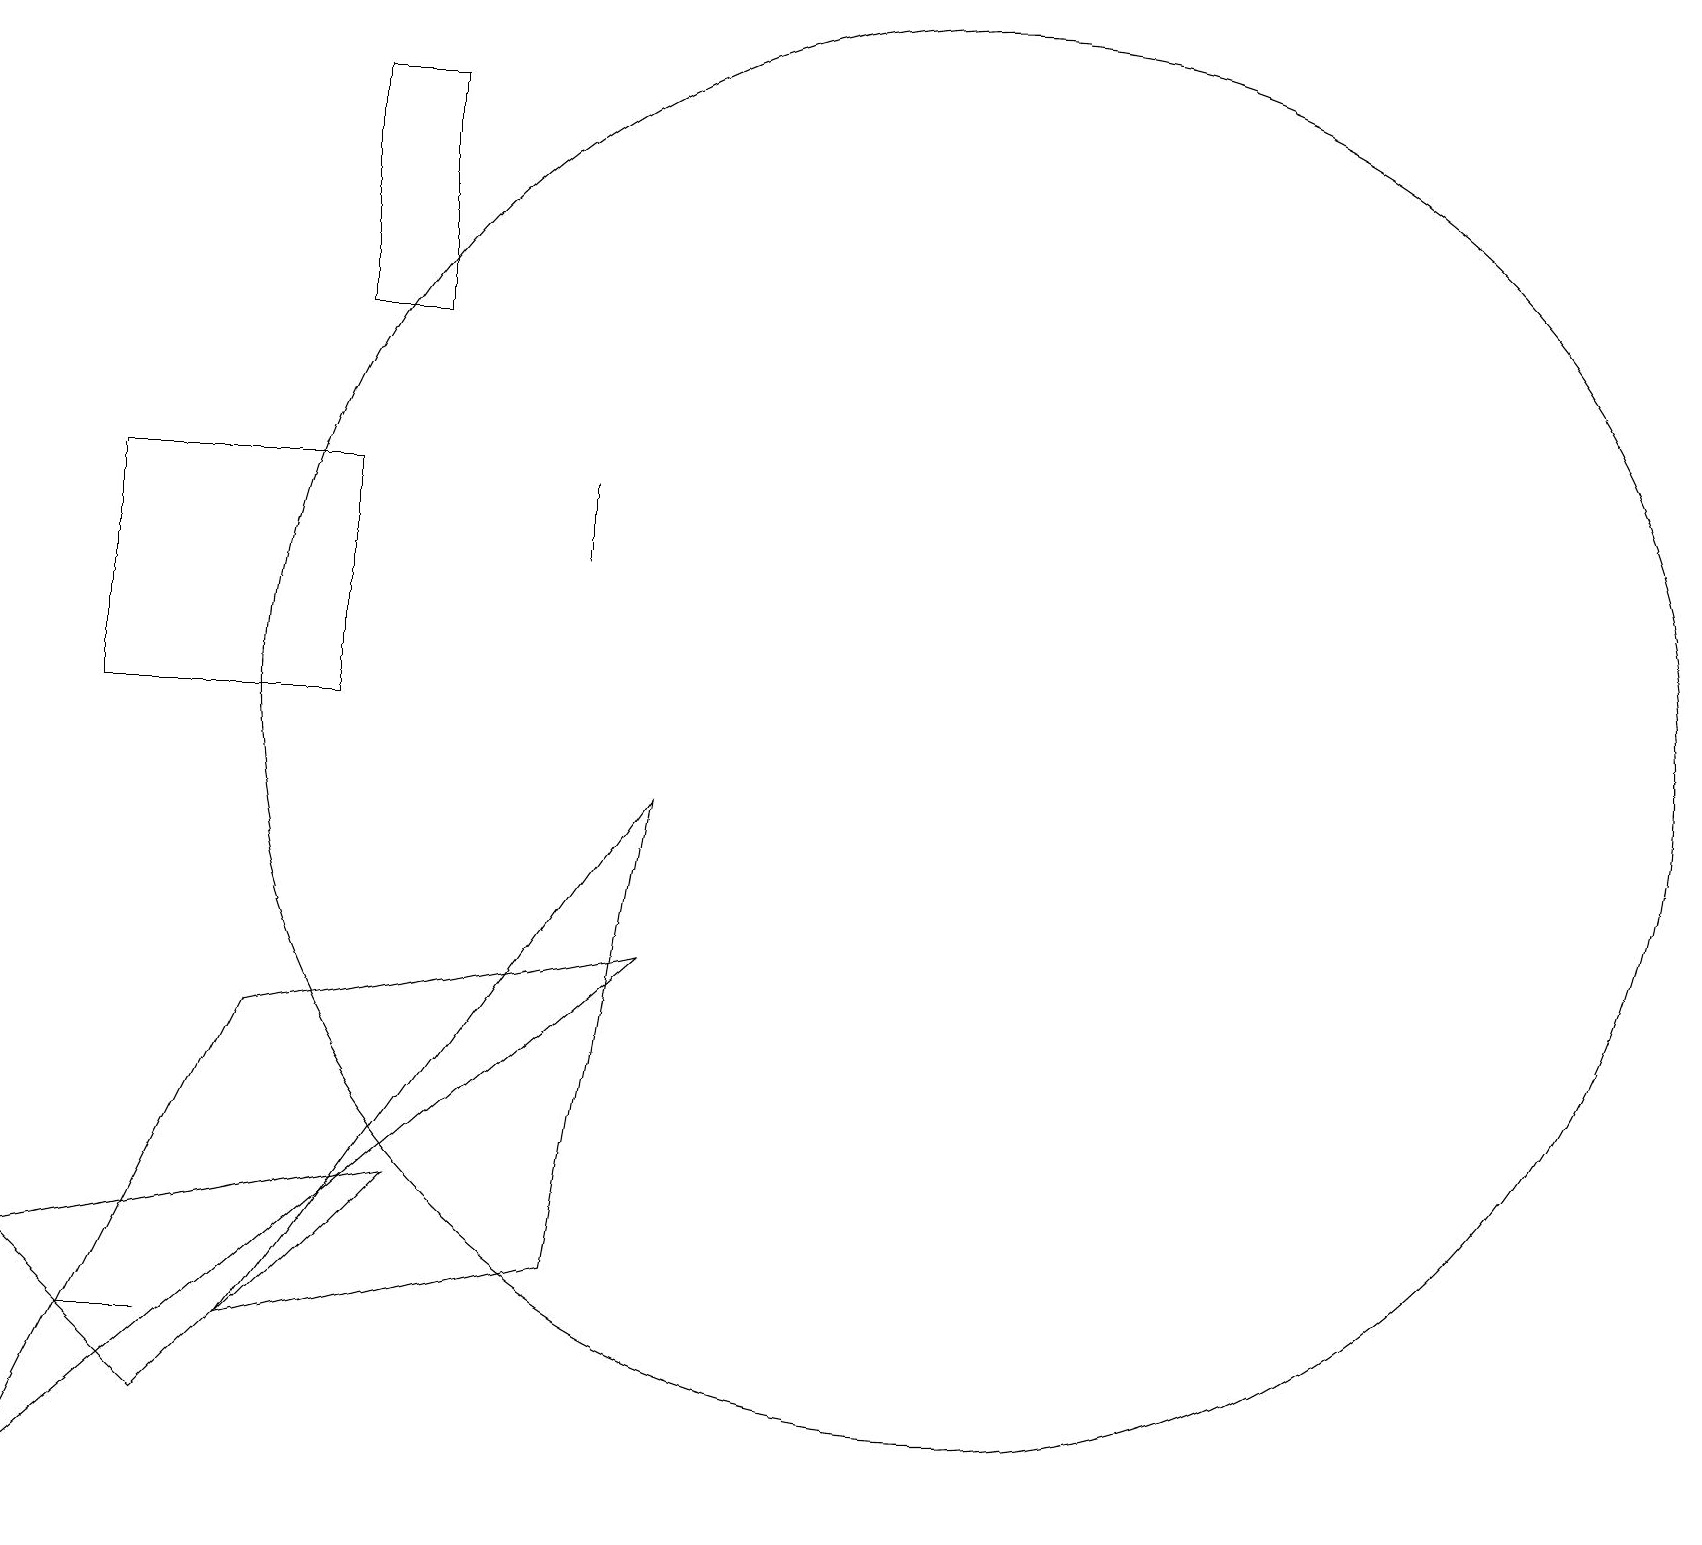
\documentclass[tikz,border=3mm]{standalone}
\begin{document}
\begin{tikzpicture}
\draw (8,7) -- (3,6) -- (0,0) -- cycle;
\draw (7,13) rectangle (7,12);
\draw (5,18) rectangle (4,15);
\draw (4,10) rectangle (1,13);
\draw (5,4) -- (2,1) -- (0,3) -- cycle;
\draw (12,10) circle (9);
\draw (2,2) -- (1,2) -- (2,2) -- cycle;
\draw (7,3) -- (8,9) -- (3,2) -- cycle;
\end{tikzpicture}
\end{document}